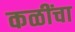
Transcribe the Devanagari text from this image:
कळींचा